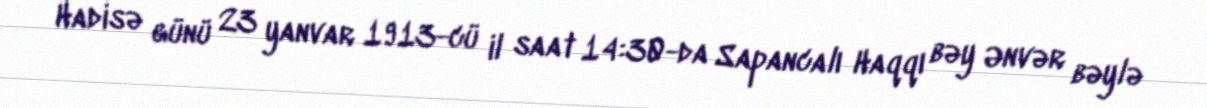
Hadisə günü 23 yanvar 1913-cü il saat 14:30-da Sapancalı Haqqı bəy Ənvər bəylə